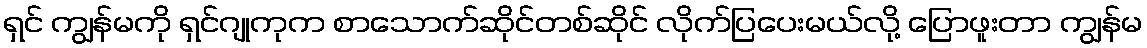
ရှင် ကျွန်မကို ရှင်ဂျုကုက စာသောက်ဆိုင်တစ်ဆိုင် လိုက်ပြပေးမယ်လို့ ပြောဖူးတာ ကျွန်မ